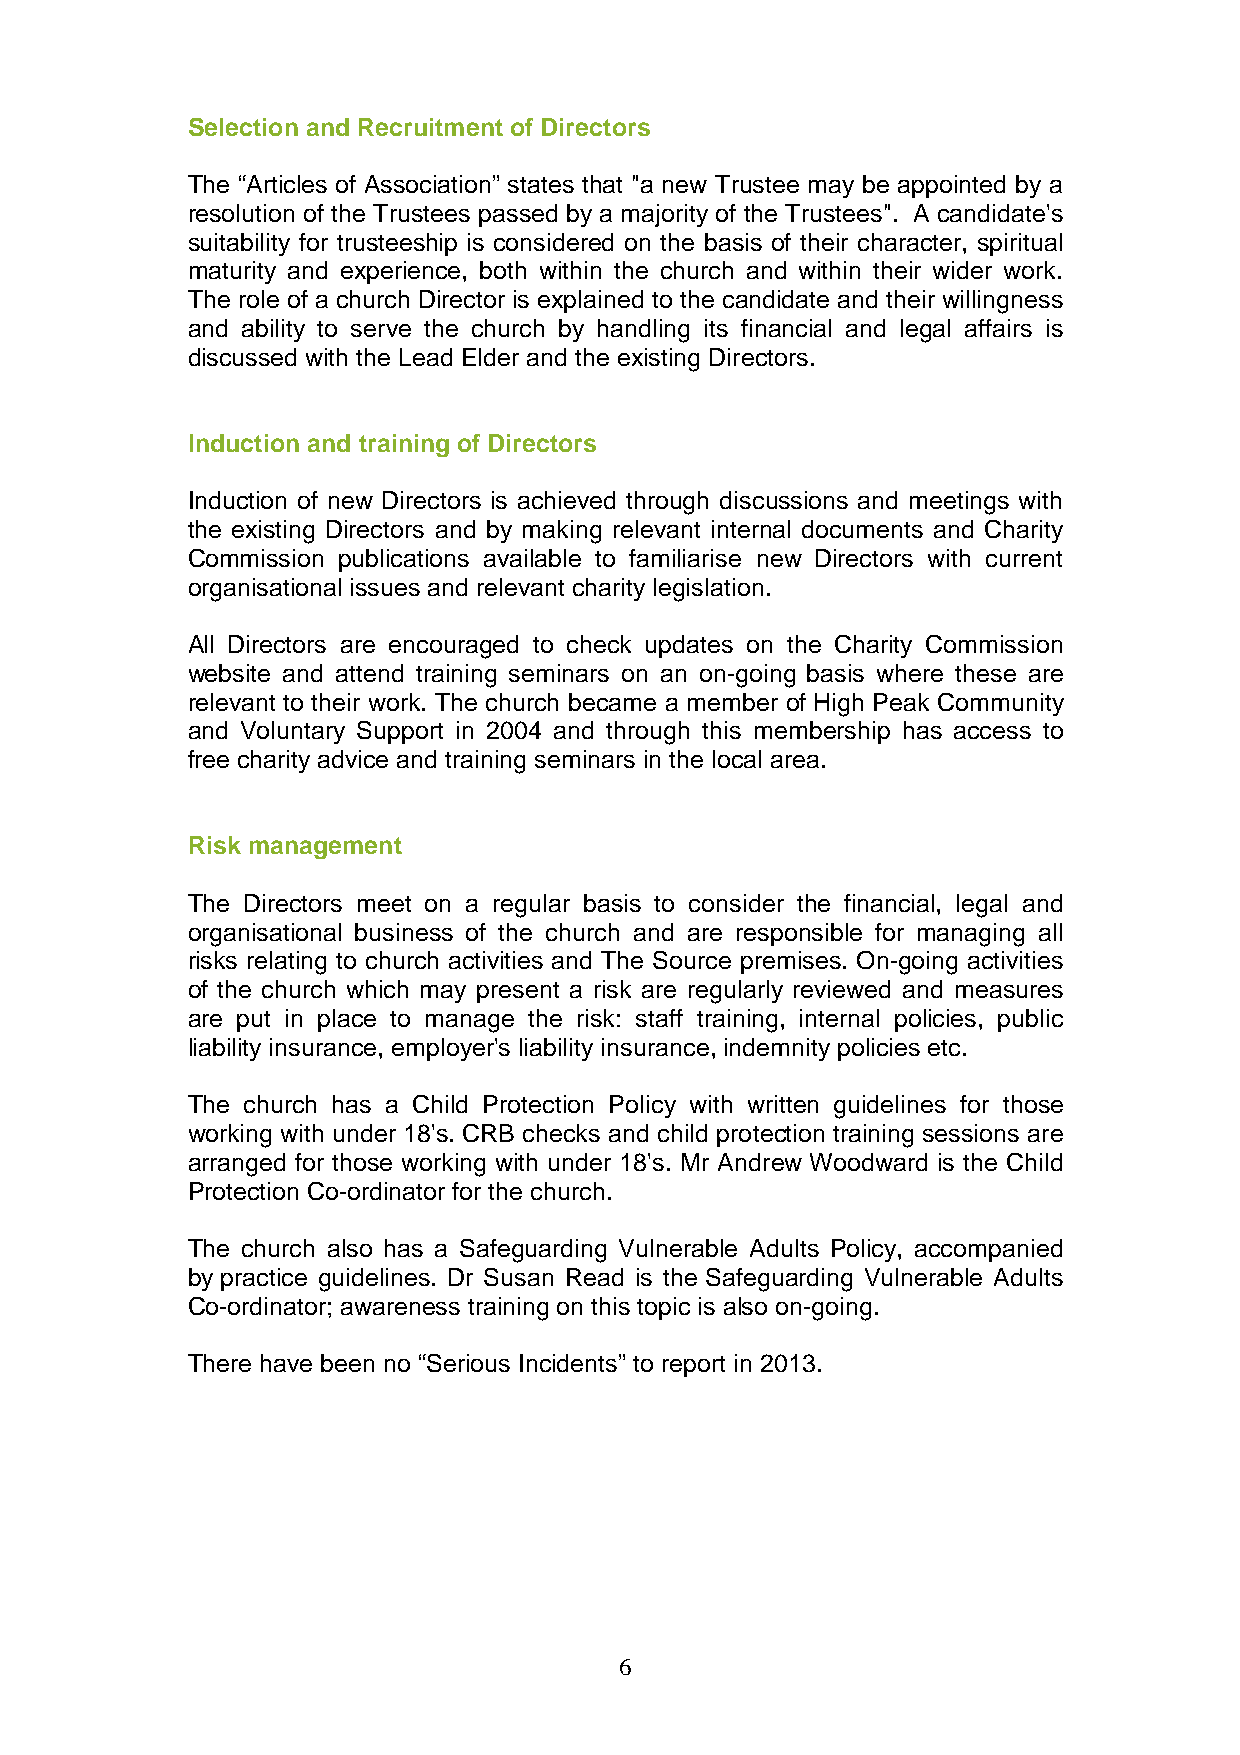
Selection and Recruitment of Directors
 The “Articles of Association” states that "a new Trustee may be appointed by a
 resolution of the Trustees passed by a majority of the Trustees". A candidate's
 suitability for trusteeship is considered on the basis of their character, spiritual
 maturity and experience, both within the church and within their wider work.
 The role of a church Director is explained to the candidate and their willingness
 and ability to serve the church by handling its financial and legal affairs is
 discussed with the Lead Elder and the existing Directors.
 Induction and training of Directors
 Induction of new Directors is achieved through discussions and meetings with
 the existing Directors and by making relevant internal documents and Charity
 Commission publications available to familiarise new Directors with current
 organisational issues and relevant charity legislation.
 All Directors are encouraged to check updates on the Charity Commission
 website and attend training seminars on an on-going basis where these are
 relevant to their work. The church became a member of High Peak Community
 and Voluntary Support in 2004 and through this membership has access to
 free charity advice and training seminars in the local area.
 Risk management
 The Directors meet on a regular basis to consider the financial, legal and
 organisational business of the church and are responsible for managing all
 risks relating to church activities and The Source premises. On-going activities
 of the church which may present a risk are regularly reviewed and measures
 are put in place to manage the risk: staff training, internal policies, public
 liability insurance, employer's liability insurance, indemnity policies etc.
 The church has a Child Protection Policy with written guidelines for those
 working with under 18's. CRB checks and child protection training sessions are
 arranged for those working with under 18's. Mr Andrew Woodward is the Child
 Protection Co-ordinator for the church.
 The church also has a Safeguarding Vulnerable Adults Policy, accompanied
 by practice guidelines. Dr Susan Read is the Safeguarding Vulnerable Adults
 Co-ordinator; awareness training on this topic is also on-going.
 There have been no “Serious Incidents” to report in 2013.
 6